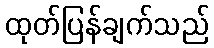
ထုတ်ပြန်ချက်သည်